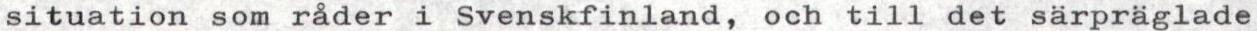
situation som råder i Svenskfinland, och till det särpräglade